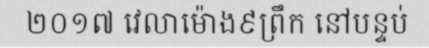
២០១៧ វេលាម៉ោង៩ព្រឹក នៅបន្ទប់